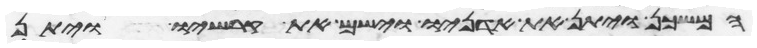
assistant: המשכן ויתן את אדניו וישם את קרשיו ויתן